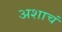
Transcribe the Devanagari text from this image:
अशाचं